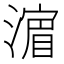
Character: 𣾉